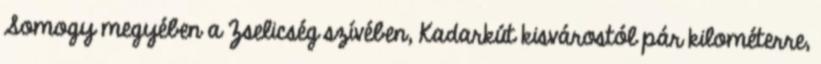
Somogy megyében a Zselicség szívében, Kadarkút kisvárostól pár kilométerre,